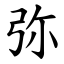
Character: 弥